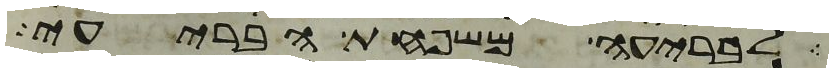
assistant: לבריעה משפחת הבריעי